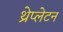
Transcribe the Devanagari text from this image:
थ्रेप्लेटन